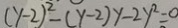
( y - 2 ) ^ { 2 } - ( y - 2 ) y - 2 y ^ { 2 } = 0